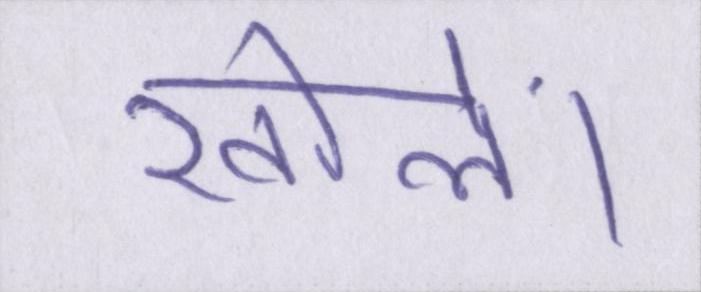
खोलें।